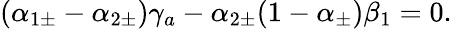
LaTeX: (\alpha_{1\pm}-\alpha_{2\pm})\gamma_{a}-\alpha_{2\pm}(1-\alpha_{\pm})\beta_{1}=0.